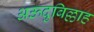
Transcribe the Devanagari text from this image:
अऊदुबिल्लाह